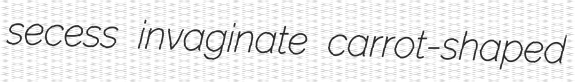
secess invaginate carrot-shaped